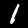
Label: 1